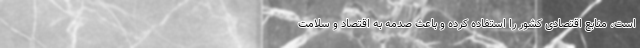
است، منابع اقتصادی کشور را استفاده کرده و باعث صدمه به اقتصاد و سلامت